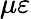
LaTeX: \mu\varepsilon